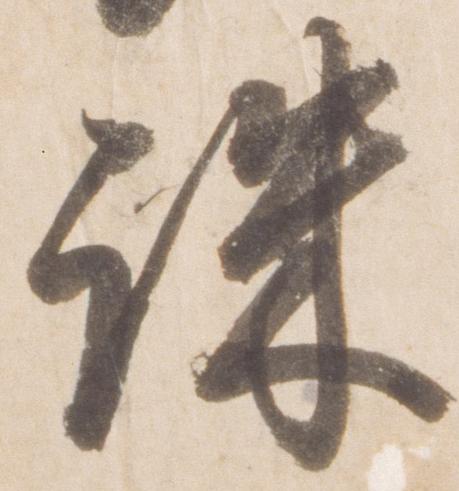
誅